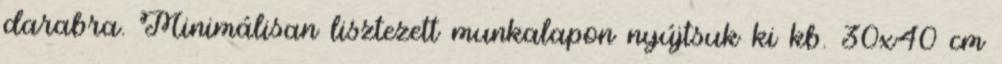
darabra. Minimálisan lisztezett munkalapon nyújtsuk ki kb. 30x40 cm